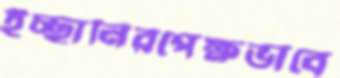
ইচ্ছানিরপেক্ষভাবে